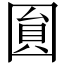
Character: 圎